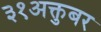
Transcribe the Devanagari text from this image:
३१अक्तुबर